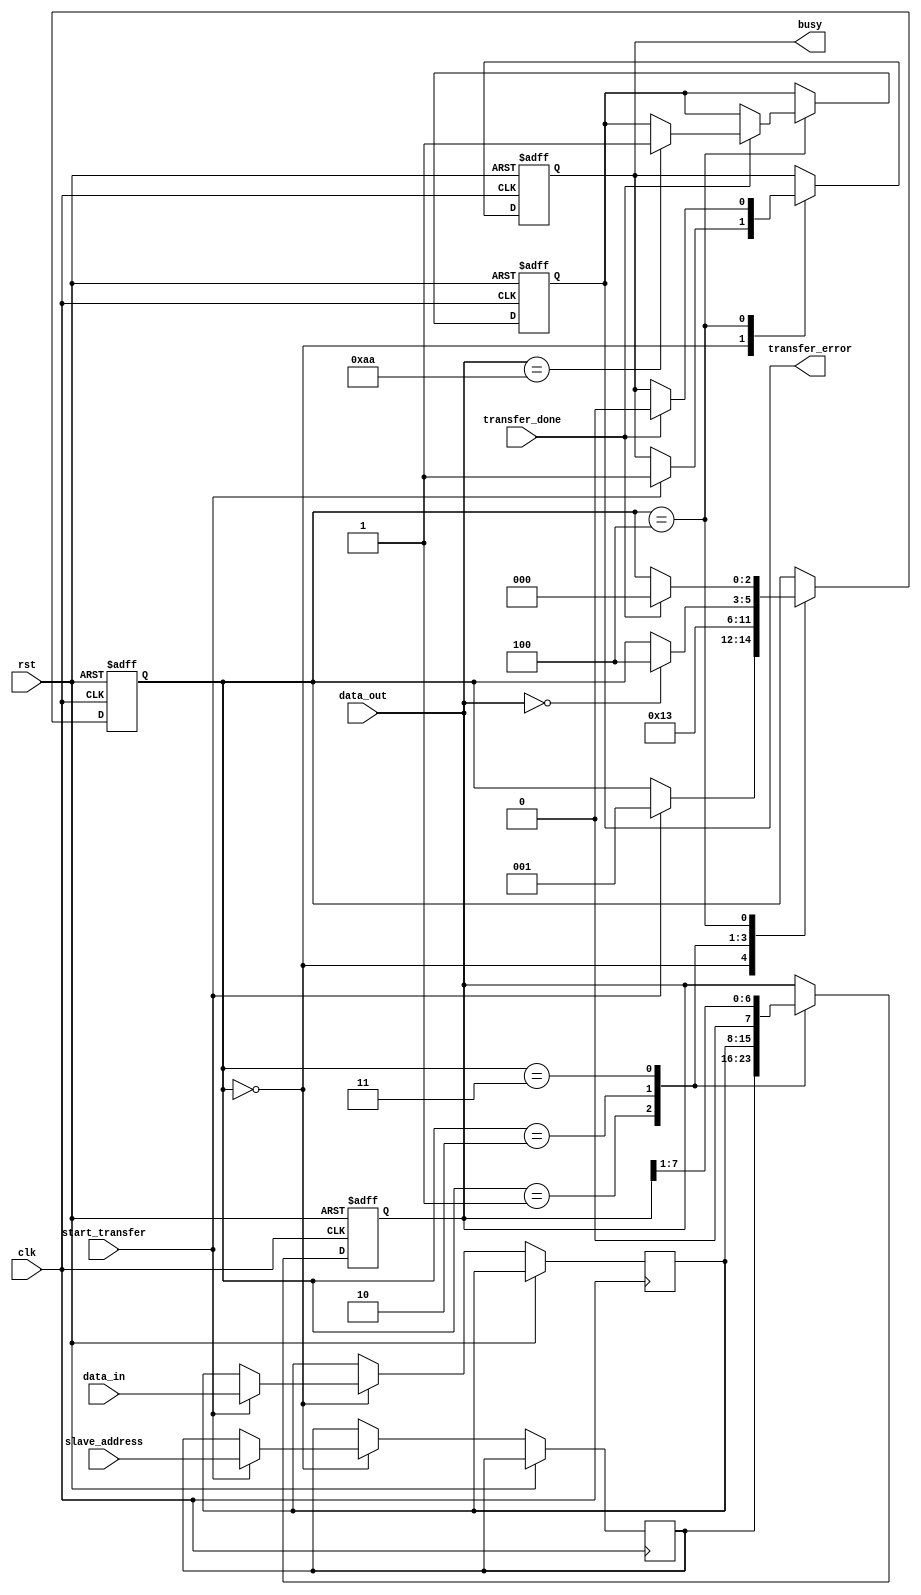
module spi_master (
    input wire clk,
    input wire rst,
    input wire start_transfer,
    input wire [7:0] slave_address,
    input wire [7:0] data_in,
    input wire [7:0] data_out,
    input wire transfer_done,
    output reg busy,
    output reg transfer_error
);

parameter DATA_WIDTH = 8;
parameter CLOCK_FREQ = 10000000; //10 MHz
parameter ADDR_WIDTH = 8;

reg [DATA_WIDTH-1:0] shift_reg;
reg [ADDR_WIDTH-1:0] addr_reg;
reg [DATA_WIDTH-1:0] data_reg;
reg [2:0] state;

assign data_out = shift_reg;

always @ (posedge clk or posedge rst) begin
    if (rst) begin
        shift_reg <= 8'b0;
        busy <= 1'b0;
        transfer_error <= 1'b0;
        state <= 3'b000;
    end else begin
        case (state)
            3'b000: begin //Idle state
                if (start_transfer) begin
                    addr_reg <= slave_address;
                    data_reg <= data_in;
                    state <= 3'b001;
                    busy <= 1'b1;
                end
            end
            3'b001: begin //Address state
                shift_reg <= addr_reg;
                state <= 3'b010;
            end
            3'b010: begin //Data state
                shift_reg <= data_reg;
                state <= 3'b011;
            end
            3'b011: begin //Transfer state
                shift_reg <= shift_reg >> 1;
                if (shift_reg == 0) begin
                    state <= 3'b100;
                end
            end
            3'b100: begin //Error checking state
                if (transfer_done) begin
                    if (data_out == 8'b10101010) begin //Example error checking condition
                        transfer_error <= 1'b1;
                    end
                    state <= 3'b000;
                    busy <= 1'b0;
                end
            end
        endcase
    end
end

endmodule